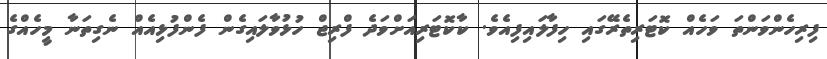
ފިރިހެންވަންތަ ވަހެއް ކޮޓަރިތެރޭގައި ހިފާލައިފިއެވެ. ކާކޮޓަރިއަށްވަދެ ފްރިޖް ހުޅުވާލައިގެން ފެންފުޅިއެއް ނެގިތަނާ މީހެއްގެ